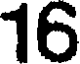
16